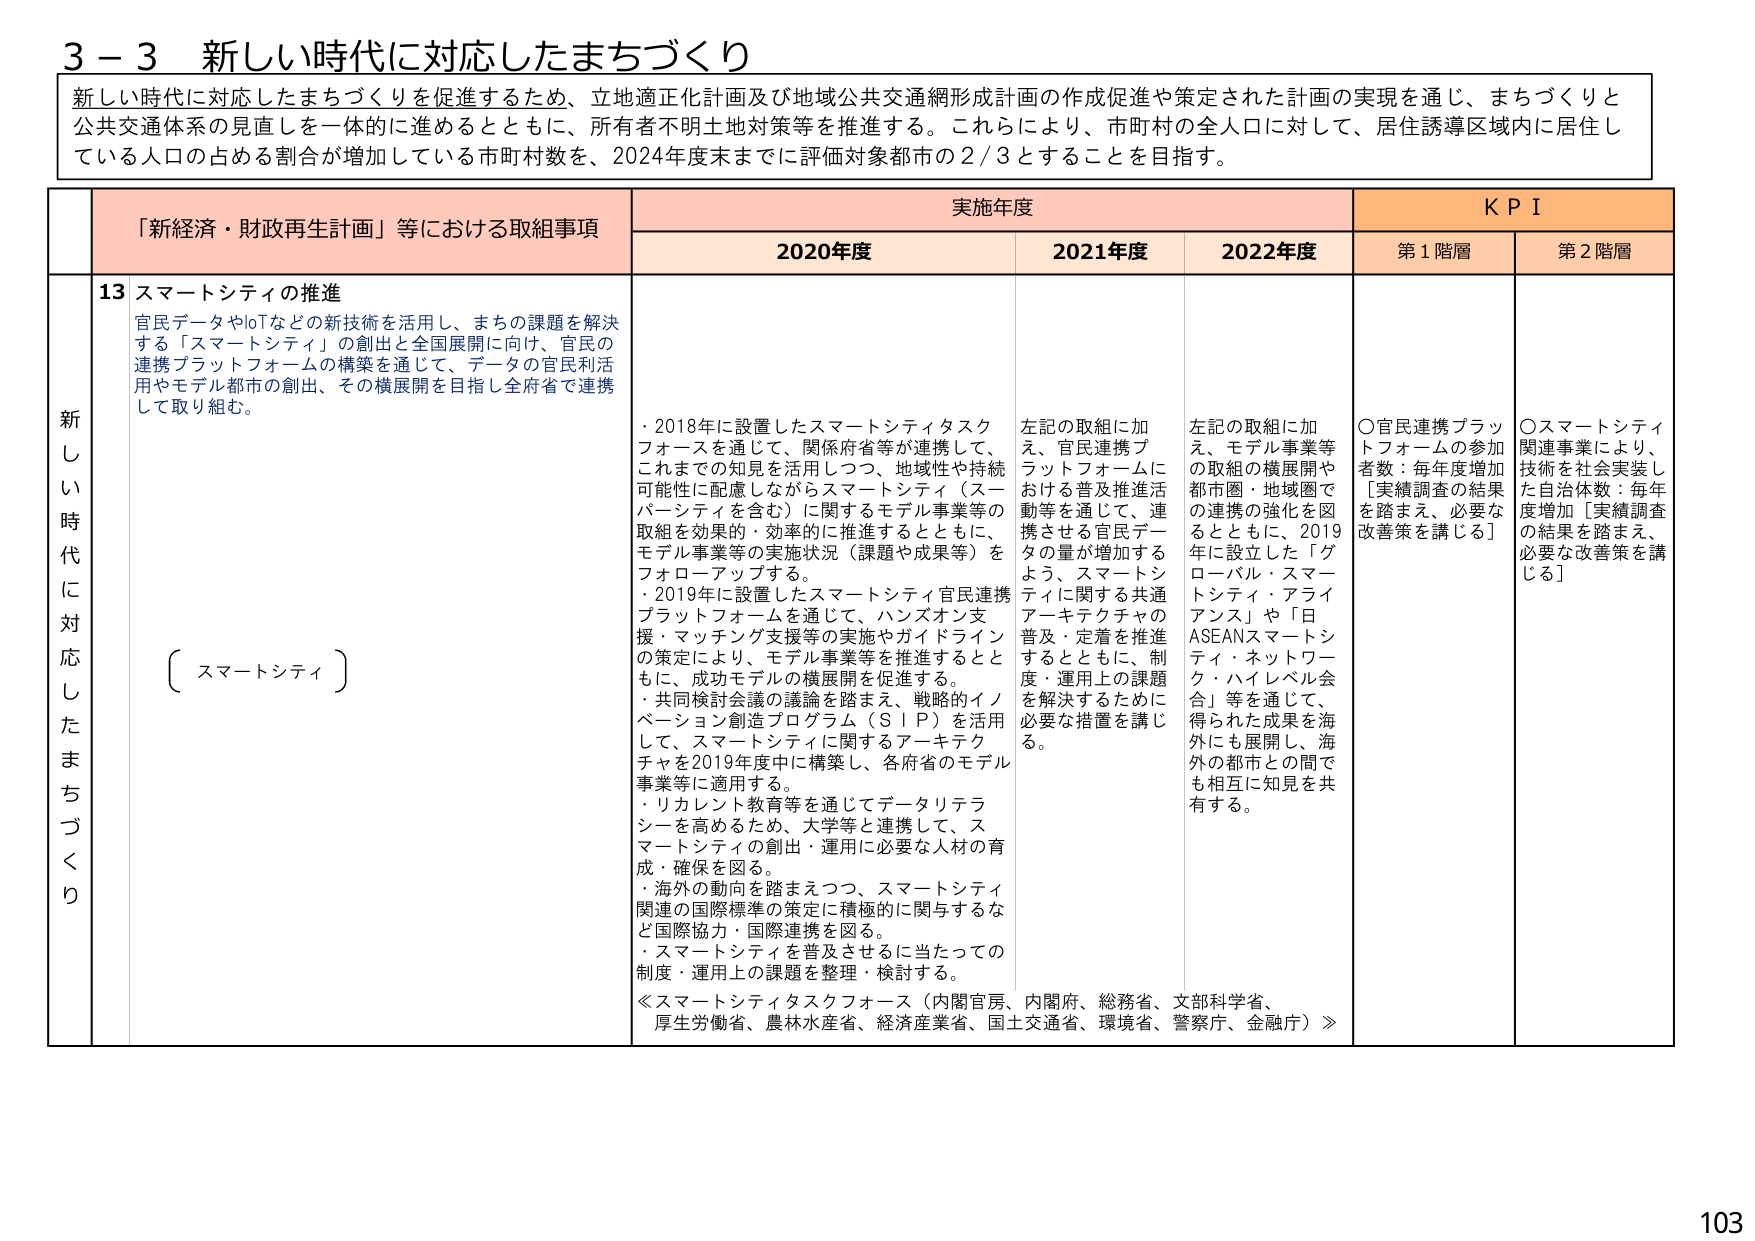
3－3 新しい時代に対応したまちづくり

新しい時代に対応したまちづくりを促進するため、立地適正化計画及び地域公共交通網形成計画の作成促進や策定された計画の実現を通じ、まちづくりと公共交通体系の見直しを一体に進めるとともに、所有者不明土地対策等を推進する。これらにより、市町村の全人口に対して、居住誘導区域内に居住している人口の占める割合が増加している市町村数を、2024年度末までに評価対象都市の2/3とすることを目指す。

「新経済・財政再生計画」等における取組事項　　実施年度　　KPI
　　　　　　　　　　　　　　　　　　　　　　　　2020年度　　2021年度　　2022年度　　第1階層　　第2階層

新しい時代に対応したまちづくり

13 スマートシティの推進
官民データやIoTなどの新技術を活用し、まちの課題を解決する「スマートシティ」の創出と全国展開に向け、官民の連携プラットフォームの構築を通じて、データの官民利活用やモデル都市の創出、その横展開を目指し全府省で連携して取り組む。

（スマートシティ）

・2018年に設置したスマートシティタスクフォースを通じて、関係府省等が連携して、これまでの知見を活用しつつ、地域性や持続可能性に配慮しながらスマートシティ（スーパーシティを含む）に関するモデル事業等の取組を効果的・効率的に推進するとともに、モデル事業等の実施状況（課題や成果等）をフォローアップする。
・2019年に設置したスマートシティ官民連携プラットフォームを通じて、ハンズオン支援・マッチング支援等の実施やガイドラインの策定により、モデル事業等を推進するとともに、成功モデルの横展開を促進する。
・共同検討会議の議論を踏まえ、戦略的イノベーション創造プログラム（SIP）を活用して、スマートシティに関するアーキテクチャを2019年度中に構築し、各府省のモデル事業等に適用する。
・リカレント教育等を通じてデータリテラシーを高めるため、大学等と連携して、スマートシティの創出・運用に必要な人材の育成・確保を図る。
・海外の動向を踏まえつつ、スマートシティ関連の国際標準の策定に積極的に関与するなど国際協力・国際連携を図る。
・スマートシティを普及させるに当たっての制度・運用上の課題を整理・検討する。

≪スマートシティタスクフォース（内閣官房、内閣府、総務省、文部科学省、厚生労働省、農林水産省、経済産業省、国土交通省、環境省、警察庁、金融庁）≫

左記の取組に加え、官民連携プラットフォームにおける普及推進活動等を通じて、連携させる官民データの量が増加するよう、スマートシティに関する共通アーキテクチャの普及・定着を推進するとともに、制度・運用上の課題を解決するために必要な措置を講じる。

左記の取組に加え、モデル事業等の取組の横展開や都市圏・地域圏での連携の強化を図るとともに、2019年に設立した「グローバル・スマートシティ・アライアンス」や「日ASEANスマートシティ・ネットワーク・ハイレベル会合」等を通じて、得られた成果を海外にも展開し、海外の都市との間でも相互に知見を共有する。

〇官民連携プラットフォームの参加者数：毎年度増加［実績調査の結果を踏まえ、必要な改善策を講じる］

〇スマートシティ関連事業により、技術を社会実装した自治体数：毎年度増加［実績調査の結果を踏まえ、必要な改善策を講じる］

103